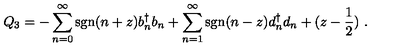
Q _ { 3 } = - \sum _ { n = 0 } ^ { \infty } \mathrm { { s g n } } ( n + z ) b _ { n } ^ { \dagger } b _ { n } + \sum _ { n = 1 } ^ { \infty } { \mathrm { s g n } } ( n - z ) d _ { n } ^ { \dagger } d _ { n } + ( z - { \frac { 1 } { 2 } } ) \ .